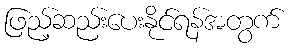
ဖြည့်ဆည်းပေးနိုင်ရန်အတွက်